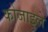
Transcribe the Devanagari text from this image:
कोजाइले